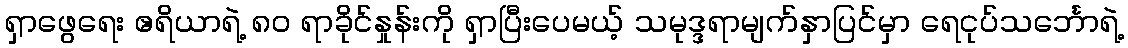
ရှာဖွေရေး ဧရိယာရဲ့ ၈၀ ရာခိုင်နှုန်းကို ရှာပြီးပေမယ့် သမုဒ္ဒရာမျက်နှာပြင်မှာ ရေငုပ်သင်္ဘောရဲ့